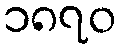
၁၈၇၀